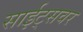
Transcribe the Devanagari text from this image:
साईट्सवर